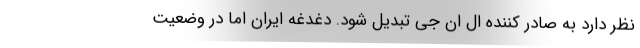
نظر دارد به صادر کننده ال ان جی تبدیل شود. دغدغه ایران اما در وضعیت